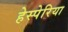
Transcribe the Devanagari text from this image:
हेस्पेरिया